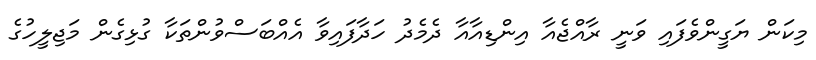
މިކަން ޔަގީންވެފައި ވަނީ ރާއްޖެއާ އިންޑިއާއާ ދެމެދު ހަދާފައިވާ އެއްބަސްވުންތަކާ ގުޅިގެން މަޖިލީހުގެ